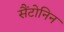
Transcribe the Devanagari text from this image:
सैंटोनिन